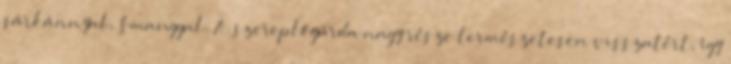
sárkánnyal, Smauggal. A szereplőgárda nagy része természetesen visszatért, így